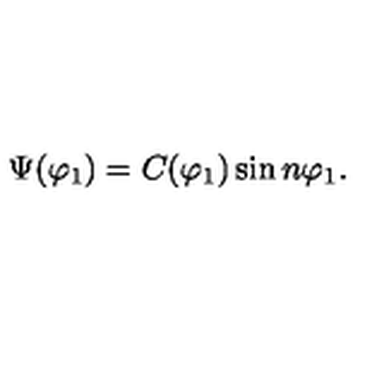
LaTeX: \Psi ( \varphi _ { 1 } ) = C ( \varphi _ { 1 } ) \sin n \varphi _ { 1 } .